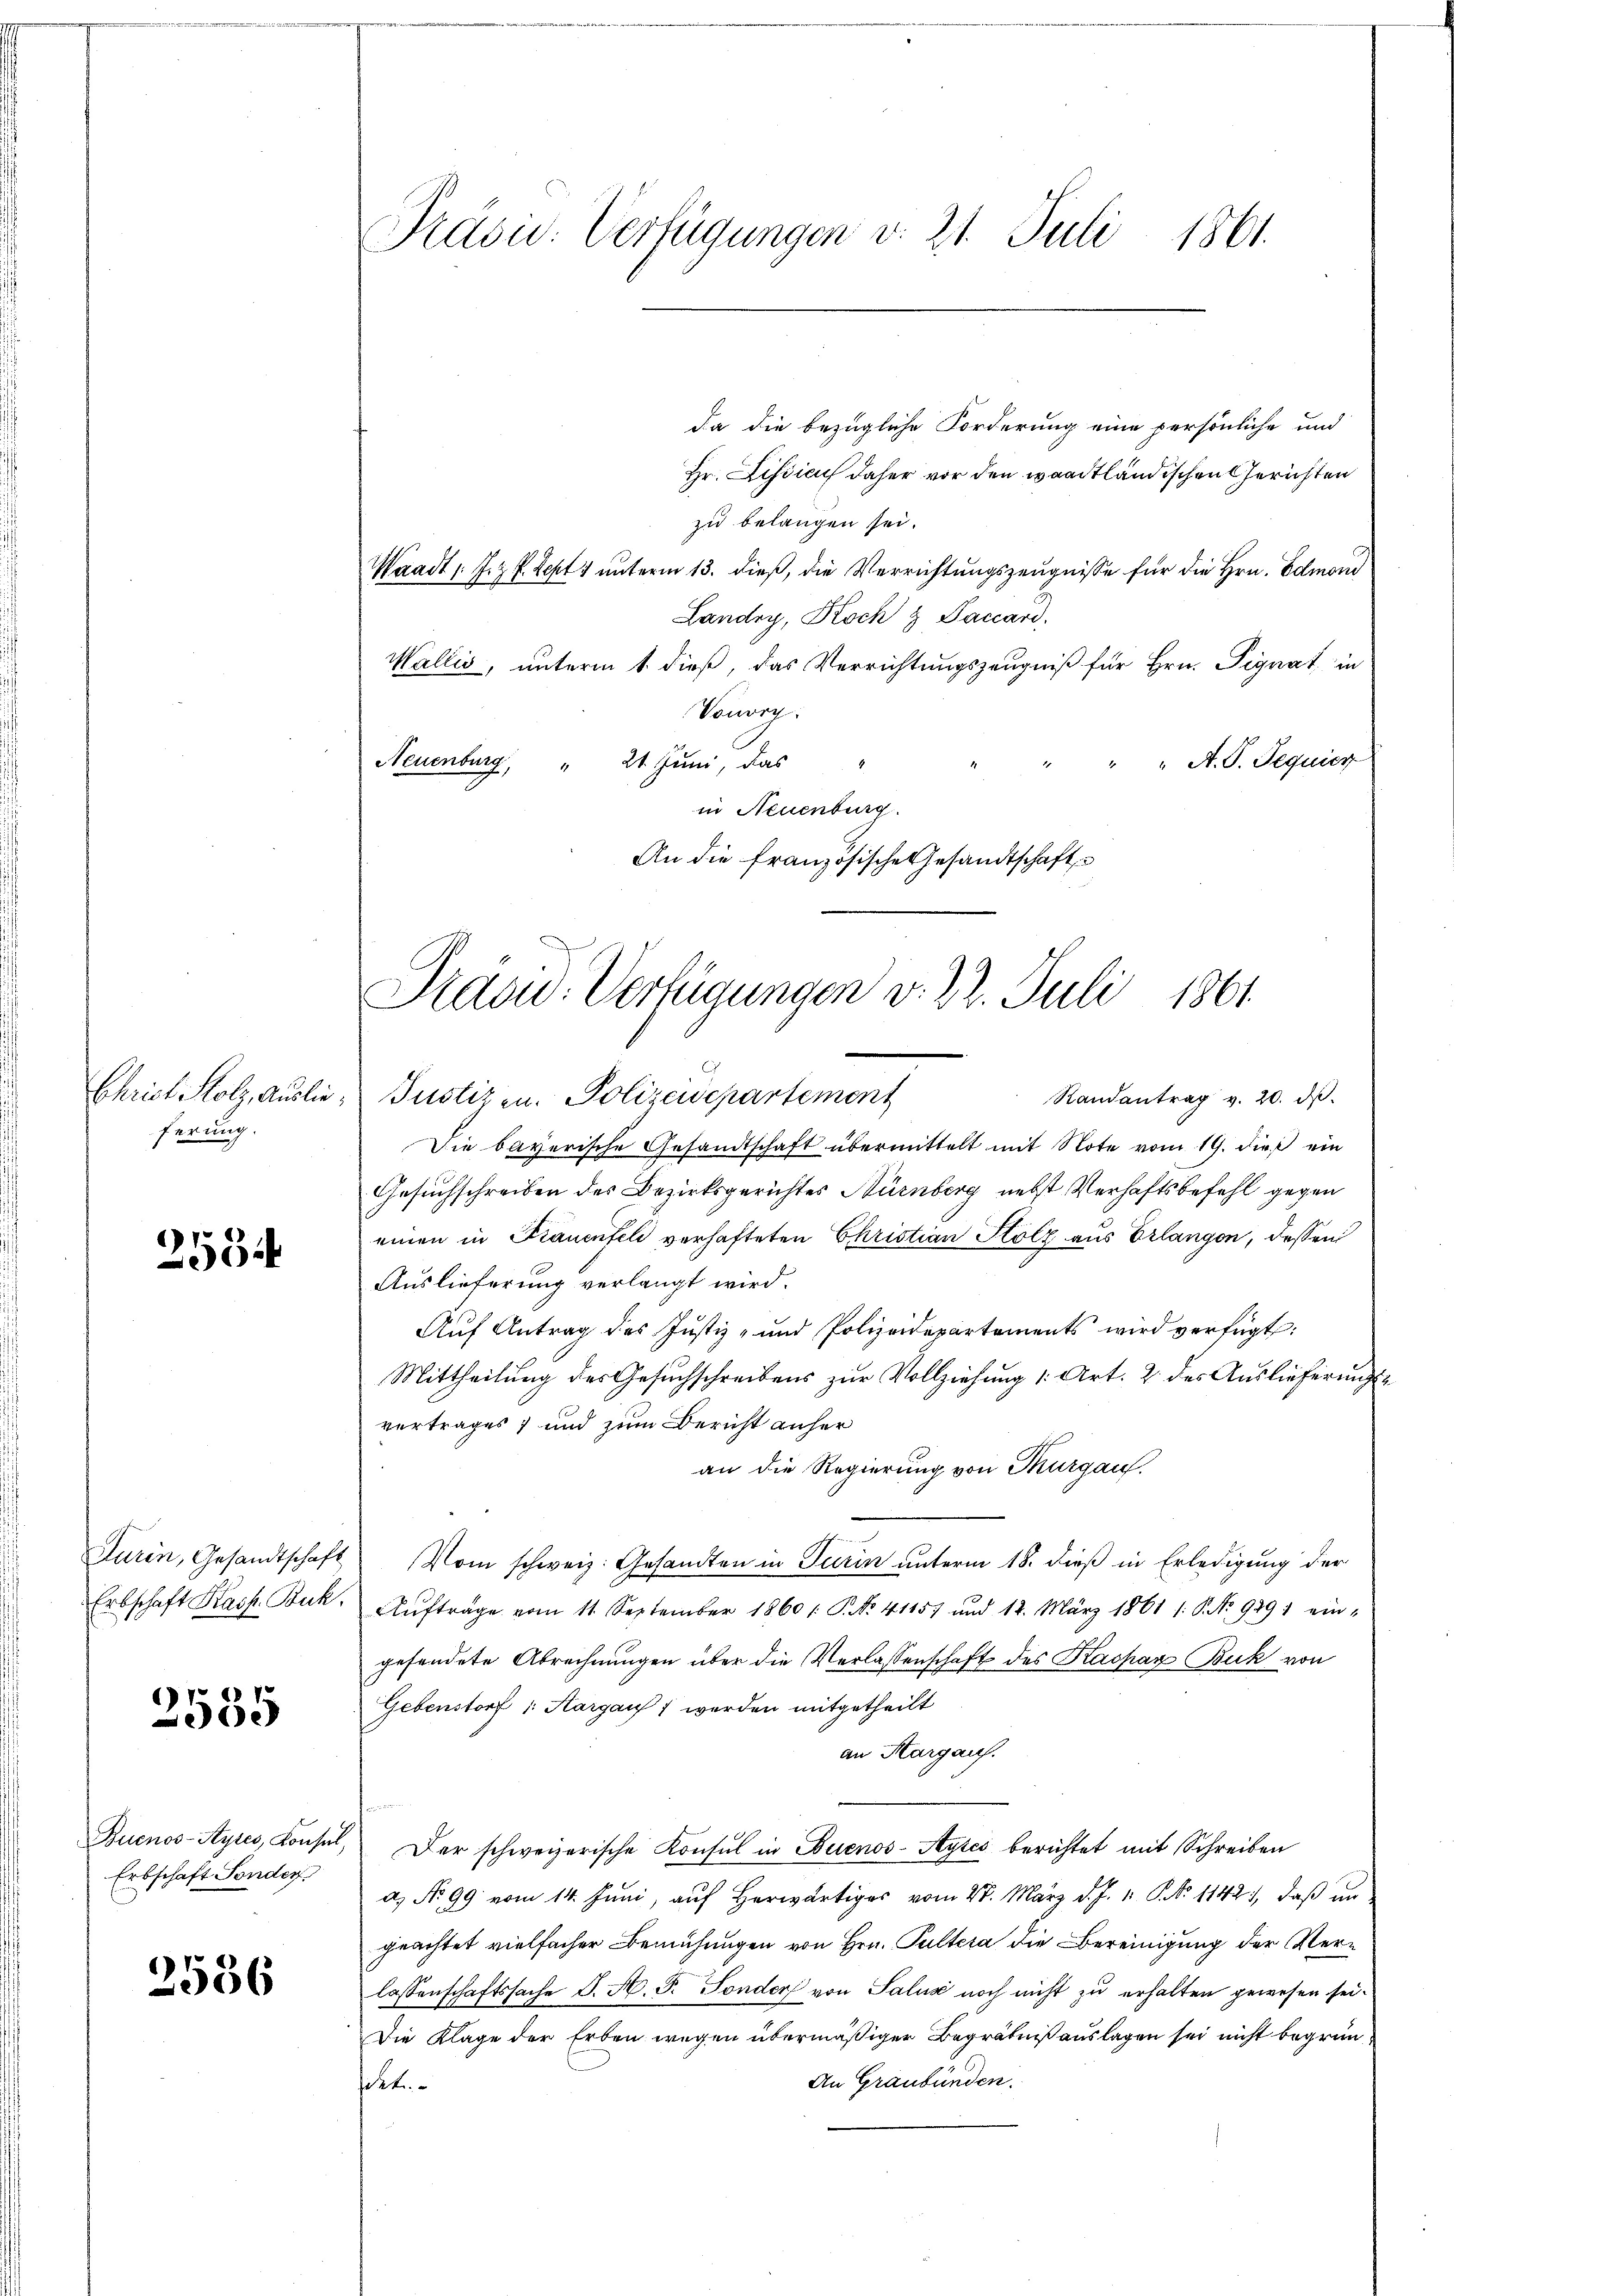
Christ Holz, Auslie
ferung.

2554

urin, Gesandtschaft
Erbschaft Kasp. Buch.

2535

Buenos-Ayres, Konsul,
Erbschaft Sonder

2586

Präsid. Verfügungen d. 21. Juli 1861.

da die bezügliche Forderung eine persönliche und
Hr. Fissicus daher vor den waadtländischen Gerichten
zu belangen sei.
Waadt, J. P. Sept 1 unterm 13. dieß, die Verrichtungszeugnisse für die Hrn. Edmoni
Landry, Koch & Paccard.
Wallis, unterm 1. dieß, das Verrichtungszeugniß für Hrn. Signat in
Sonorg.
" " A. G. Sequier
Neuenburg, " 21. Juni, das
in Neuenburg.
An die französische Gesandtschaft

Präsid. Verfügungen v. 22. Juli 1861

Justizen. Polizeidepartement
Randantrag v. 20. dβ.
Die bayerische Gesandtschaft übermittelt mit Note vom 19. dieß ein
Gesuchschreiben des Bezirksgerichtes Nürnberg nebst Verhaftsbefehl gegen
einen in Frauenfeld verhafteten Christian Holz aus Erlangen, dessen
Auslieferung verlangt wird.
Auf Antrag des Justiz- und Polizeidepartements wird verfügt:
Mittheilung des Gesuchschreibens zur Vollziehung 1 Art. 2 des Auslieferungsvertrages 7 und zum Bericht anher
an die Regierung von Thurgau.
Vom schweiz. Gesandten in Turin unterm 18. dieß in Erledigung der
Aŭftrage vom 11. September 1860 /: P. No. 41157 und 12. März 1861 1: P. No. 9291 ein-
gesendete Abrechnungen über die Verlassenschaft des Kaspar Buk von
Gebenstorf : Aargauf 1 werden mitgetheilt
an Margau.
Der schweizerische Konsul in Buenos-Ayres berichtet mit Schreiben
a. No 99 vom 14. Juni, aŭf herwärtig vom 28. März d. J. 1. P. No 1142, daβ an
geachtet vielfacher Bemühungen von Hrn. Pultera die Bereinigung der Verlassenschaftssache J. H. Pr. Sonder von Salua noch nicht zu erhalten gewesen sei.
Die Klage der Erben wegen übermäßiger Begräbniß auslagen sei nicht begrün¬
An Graubünden.
det.